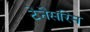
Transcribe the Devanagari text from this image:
टेनैसरिम